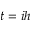
t = i h